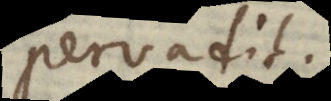
pervadit.